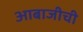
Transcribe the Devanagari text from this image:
आबाजीची